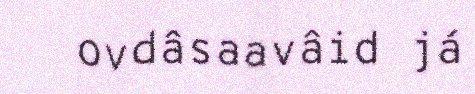
ovdâsaavâid já